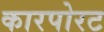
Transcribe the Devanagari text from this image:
कारपोरट